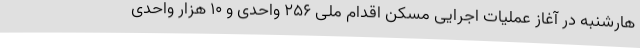
هارشنبه در آغاز عملیات اجرایی مسکن اقدام ملی ۲۵۶ واحدی و ۱۰ هزار واحدی